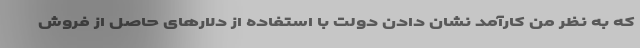
که به نظر من کارآمد نشان دادن دولت با استفاده از دلارهای حاصل از فروش